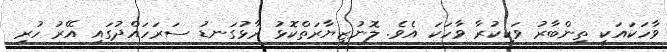
ވާހަކައަކީ ތިންބާރު ވަކިކުރާ ވާހަކަ އެވެ. ލޮނުޒިޔާރަތްކޮޅު ރާޅުގަނޑު ސަރަހައްދުގައި އޭރު ހުރި